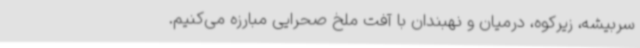
سربیشه، زیرکوه، درمیان و نهبندان با آفت ملخ صحرایی مبارزه می‌کنیم.